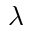
\lambda